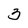
Character: 3